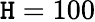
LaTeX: \mathtt{H}=100